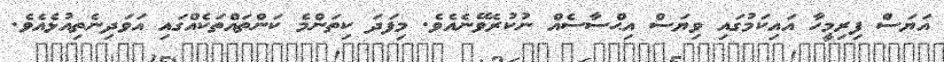
އަޔަސް ފިރިމީހާ އައިކަމުގައި ވިޔަސް އިޙްސާސެއް ނުކުރެވޭނެއެވެ. މިފަދަ ކިތަންމެ ކަންތައްތަކެއްގައި އަވަދިނެތިއުޅެއެވެ.